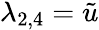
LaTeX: \lambda_{2,4}=\tilde{u}